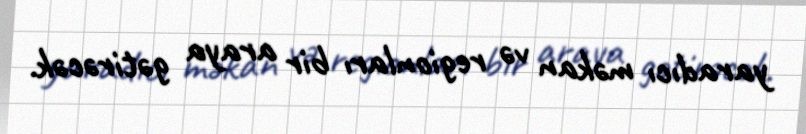
yaradıcı məkan və regionları bir araya gətirəcək.